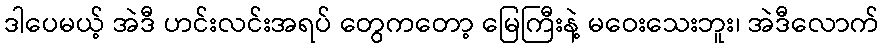
ဒါပေမယ့် အဲဒီ ဟင်းလင်းအရပ် တွေကတော့ မြေကြီးနဲ့ မဝေးသေးဘူး၊ အဲဒီလောက်